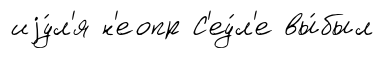
иjу́л'я н'еопр С'еу́л'е вы́был